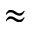
\approx